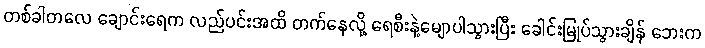
တစ်ခါတလေ ချောင်းရေက လည်ပင်းအထိ တက်နေလို့ ရေစီးနဲ့မျောပါသွားပြီး ခေါင်းမြုပ်သွားချိန် ဘေးက